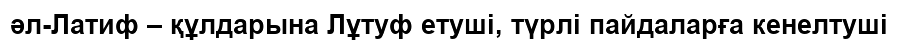
әл-Латиф – құлдарына Лұтуф етуші, түрлі пайдаларға кенелтуші